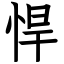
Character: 悍